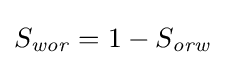
S_{\mathit {wor}}=1-S_{\mathit {orw}}